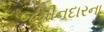
જમીનદારના